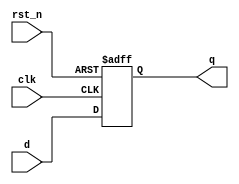
module synchronous_register (
    input wire clk,          // Clock input
    input wire rst_n,       // Active-low reset input
    input wire [7:0] d,     // Data input
    output reg [7:0] q      // Data output
);

    // Always block sensitive to the rising edge of the clock or the reset signal
    always @(posedge clk or negedge rst_n) begin
        if (!rst_n) begin
            // Asynchronous reset
            q <= 8'b0;  // Reset the output register to 0
        end else begin
            // Store data on the rising edge of the clock
            q <= d;     // Non-blocking assignment to update the output register
        end
    end

endmodule